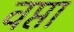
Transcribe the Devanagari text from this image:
वप्ता